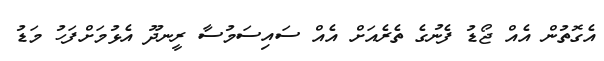
އެގޮތުން އެއް ޖޯޑު ފެނުގެ ތެރެއަށް އެއް ސައިސަމުސާ ރީނދޫ އެޅުމަށްފަހު މަޑު